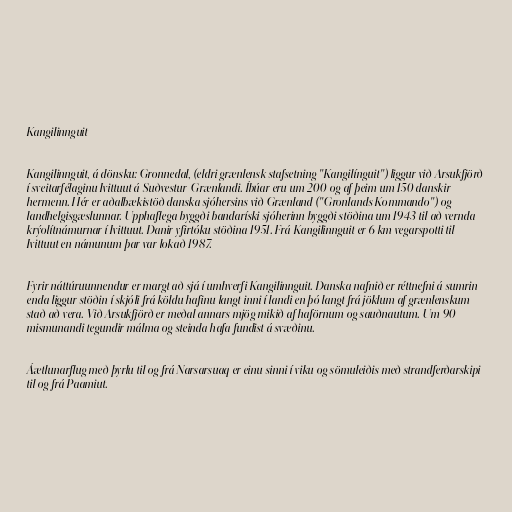
Kangilinnguit

Kangilinnguit, á dönsku: Grønnedal, (eldri grænlensk stafsetning "Kangilínguit") liggur við Arsukfjörð
í sveitarfélaginu Ivittuut á Suðvestur-Grænlandi. Íbúar eru um 200 og af þeim um 150 danskir
hermenn. Hér er aðalbækistöð danska sjóhersins við Grænland ("Grønlands Kommando") og
landhelgisgæslunnar. Upphaflega byggði bandaríski sjóherinn byggði stöðina um 1943 til að vernda
krýolítnámurnar í Ivittuut. Danir yfirtóku stöðina 1951. Frá Kangilinnguit er 6 km vegarspotti til
Ivittuut en námunum þar var lokað 1987.

Fyrir náttúruunnendur er margt að sjá í umhverfi Kangilinnguit. Danska nafnið er réttnefni á sumrin
enda liggur stöðin í skjóli frá köldu hafinu langt inni í landi en þó langt frá jöklum af grænlenskum
stað að vera. Við Arsukfjörð er meðal annars mjög mikið af haförnum og sauðnautum. Um 90
mismunandi tegundir málma og steinda hafa fundist á svæðinu.

Áætlunarflug með þyrlu til og frá Narsarsuaq er einu sinni í viku og sömuleiðis með strandferðarskipi
til og frá Paamiut.